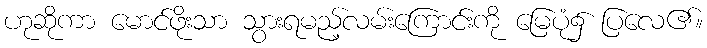
ဟုဆိုကာ မောင်ဖိုးသာ သွားရမည့်လမ်းကြောင်းကို မြေပုံ၌ ပြလေ၏။